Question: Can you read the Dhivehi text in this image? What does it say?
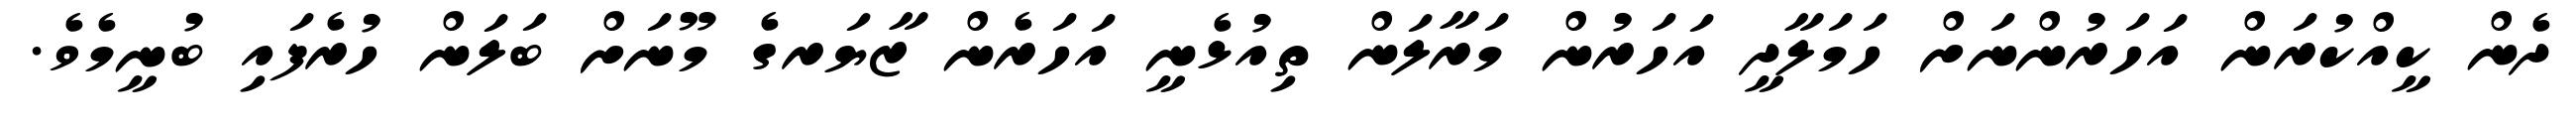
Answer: ދެން ކީއްކުރަން އަހަރުންނަށް ހަމަލާދީ އަހަރުން މަރާލަން ތިއުޅެނީ އަހަރެން ޒާޔަރގެ މޫނަށް ބަލަން ހުރެފައި ބުނީމެވެ.